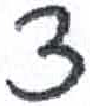
אות: צ